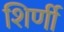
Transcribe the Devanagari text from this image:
शिर्णी